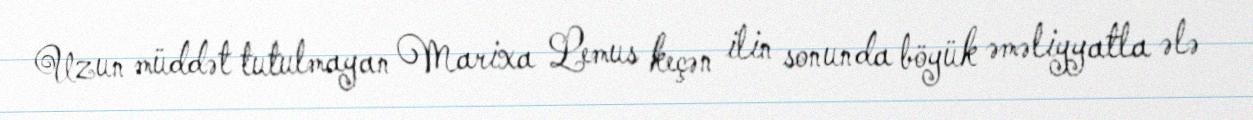
Uzun müddət tutulmayan Marixa Lemus keçən ilin sonunda böyük əməliyyatla ələ